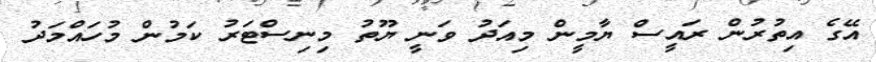
އޭގެ އިތުރުން ރައީސް ޔާމީން މިއަދު ވަނީ ޔޫތު މިނިސްޓަރު ކަމުން މުހައްމަދު